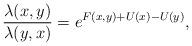
LaTeX: \begin{align*}\frac{\lambda(x,y)}{\lambda(y,x)}=e^{F(x,y)+U(x)-U(y)},\end{align*}